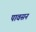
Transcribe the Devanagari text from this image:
पावसन